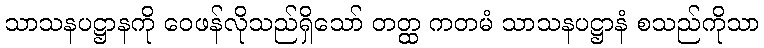
သာသနပဋ္ဌာနကို ဝေဖန်လိုသည်ရှိသော် တတ္ထ ကတမံ သာသနပဋ္ဌာနံ စသည်ကိုသာ